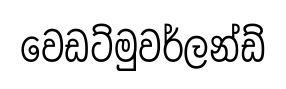
වෙඩට්මුවර්ලන්ඩ්